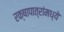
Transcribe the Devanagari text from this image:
रक्षापात्रांमध्ये